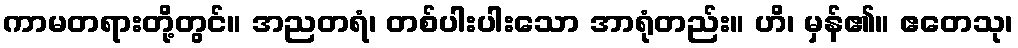
ကာမတရားတို့တွင်။ အညတရံ၊ တစ်ပါးပါးသော အာရုံတည်း။ ဟိ၊ မှန်၏။ ဧတေသု၊